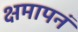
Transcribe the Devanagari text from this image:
क्षमापनं